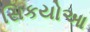
સિકયોઆ